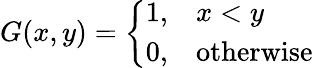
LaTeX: G(x,y)={\left\{ \begin{array}{ll}{1,}&{x<y}\\ {0,}&{{\mathrm{otherwise}}}\end{array}\right.}